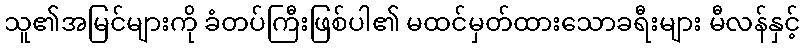
သူ၏အမြင်များကို ခံတပ်ကြီးဖြစ်ပါ၏ မထင်မှတ်ထားသောခရီးများ မီလန်နှင့်